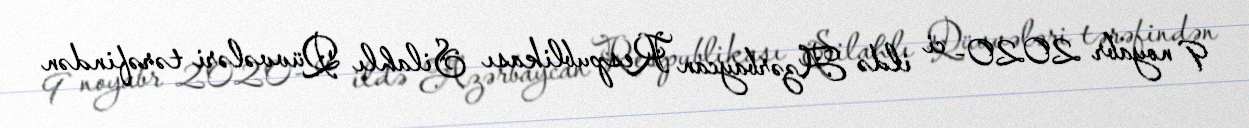
9 noyabr 2020- ci ildə Azərbaycan Respublikası Silahlı Qüvvələri tərəfindən